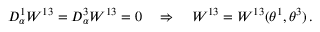
D _ { \alpha } ^ { 1 } W ^ { 1 3 } = D _ { \alpha } ^ { 3 } W ^ { 1 3 } = 0 \quad \Rightarrow \quad W ^ { 1 3 } = W ^ { 1 3 } ( \theta ^ { 1 } , \theta ^ { 3 } ) \, .